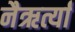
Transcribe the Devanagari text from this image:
नैऋर्त्यां